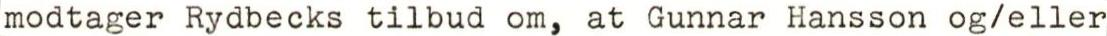
modtager Rydbecks tilbud om, at Gunnar Hansson og/eller